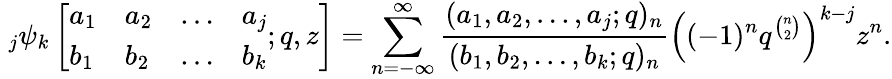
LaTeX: \; _{j}\psi_{k}\left[{\begin{array}{llll}{a_{1}}&{a_{2}}&{\ldots}&{a_{j}}\\ {b_{1}}&{b_{2}}&{\ldots}&{b_{k}}\end{array}};q,z\right]=\sum_{n=-\infty}^{\infty}{\frac{(a_{1},a_{2},\ldots,a_{j};q)_{n}}{(b_{1},b_{2},\ldots,b_{k};q)_{n}}}\left((-1)^{n}q^{\binom{n}{2}}\right)^{k-j}z^{n}.